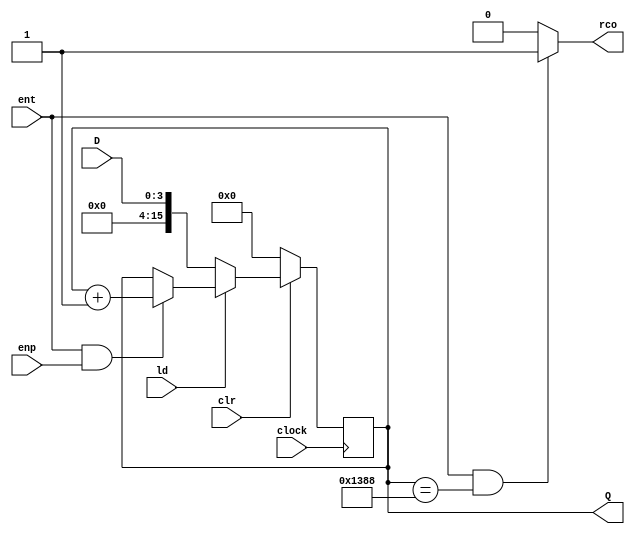

module contador_163_5k ( input clock       , 
                      input clr         , 
                      input ld          , 
                      input ent         , 
                      input enp         , 
                      input [3:0] D     , 
                      output reg [15:0]Q, 
                      output reg rco
                    );

	 initial begin
		Q = 16'd0;
    end
	 
    always @ (posedge clock)
        if (~clr)               Q <= 16'd0;
        else if (~ld)           Q <= D;
        else if (ent && enp)    Q <= Q + 1;
        else                    Q <= Q;
 
    always @ (Q or ent)
        if (ent && (Q == 16'd5000))   rco = 1;
        else                          rco = 0;
endmodule